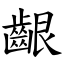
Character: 齦